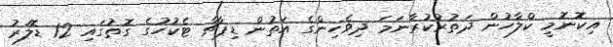
އިކޮނޮމީ ކްލާހުން ދަތުރުކުރާނަމަ ދިވެހިންގެ އަތުން ޑިޕާޗާ ޓެކުހުގެ ގޮތުގައި 12 ޑޮލަރު